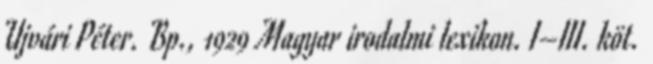
Ujvári Péter. Bp., 1929 Magyar irodalmi lexikon. I–III. köt.